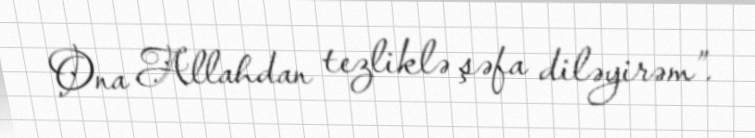
Ona Allahdan tezliklə şəfa diləyirəm”.